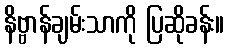
နိဗ္ဗာန်ချမ်းသာကို ပြဆိုခန်း။